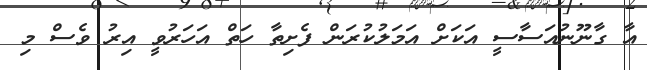
އާ ގާނޫނުއަސާސީ އަކަށް އަމަލުކުރަން ފެށިތާ ހަތް އަހަރުވީ އިރު ވެސް މި